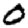
Digit: 0